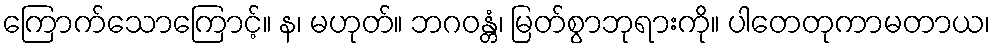
ကြောက်သောကြောင့်။ န၊ မဟုတ်။ ဘဂဝန္တံ၊ မြတ်စွာဘုရားကို။ ပါတေတုကာမတာယ၊